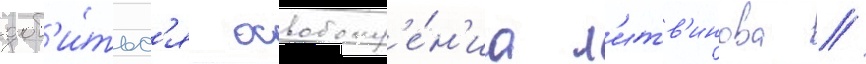
доб'и́тьс'я освобожд'е́н'иа л'итв'инова //